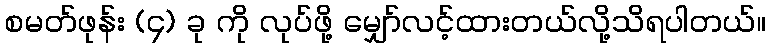
စမတ်ဖုန်း (၄) ခု ကို လုပ်ဖို့ မျှော်လင့်ထားတယ်လို့သိရပါတယ်။